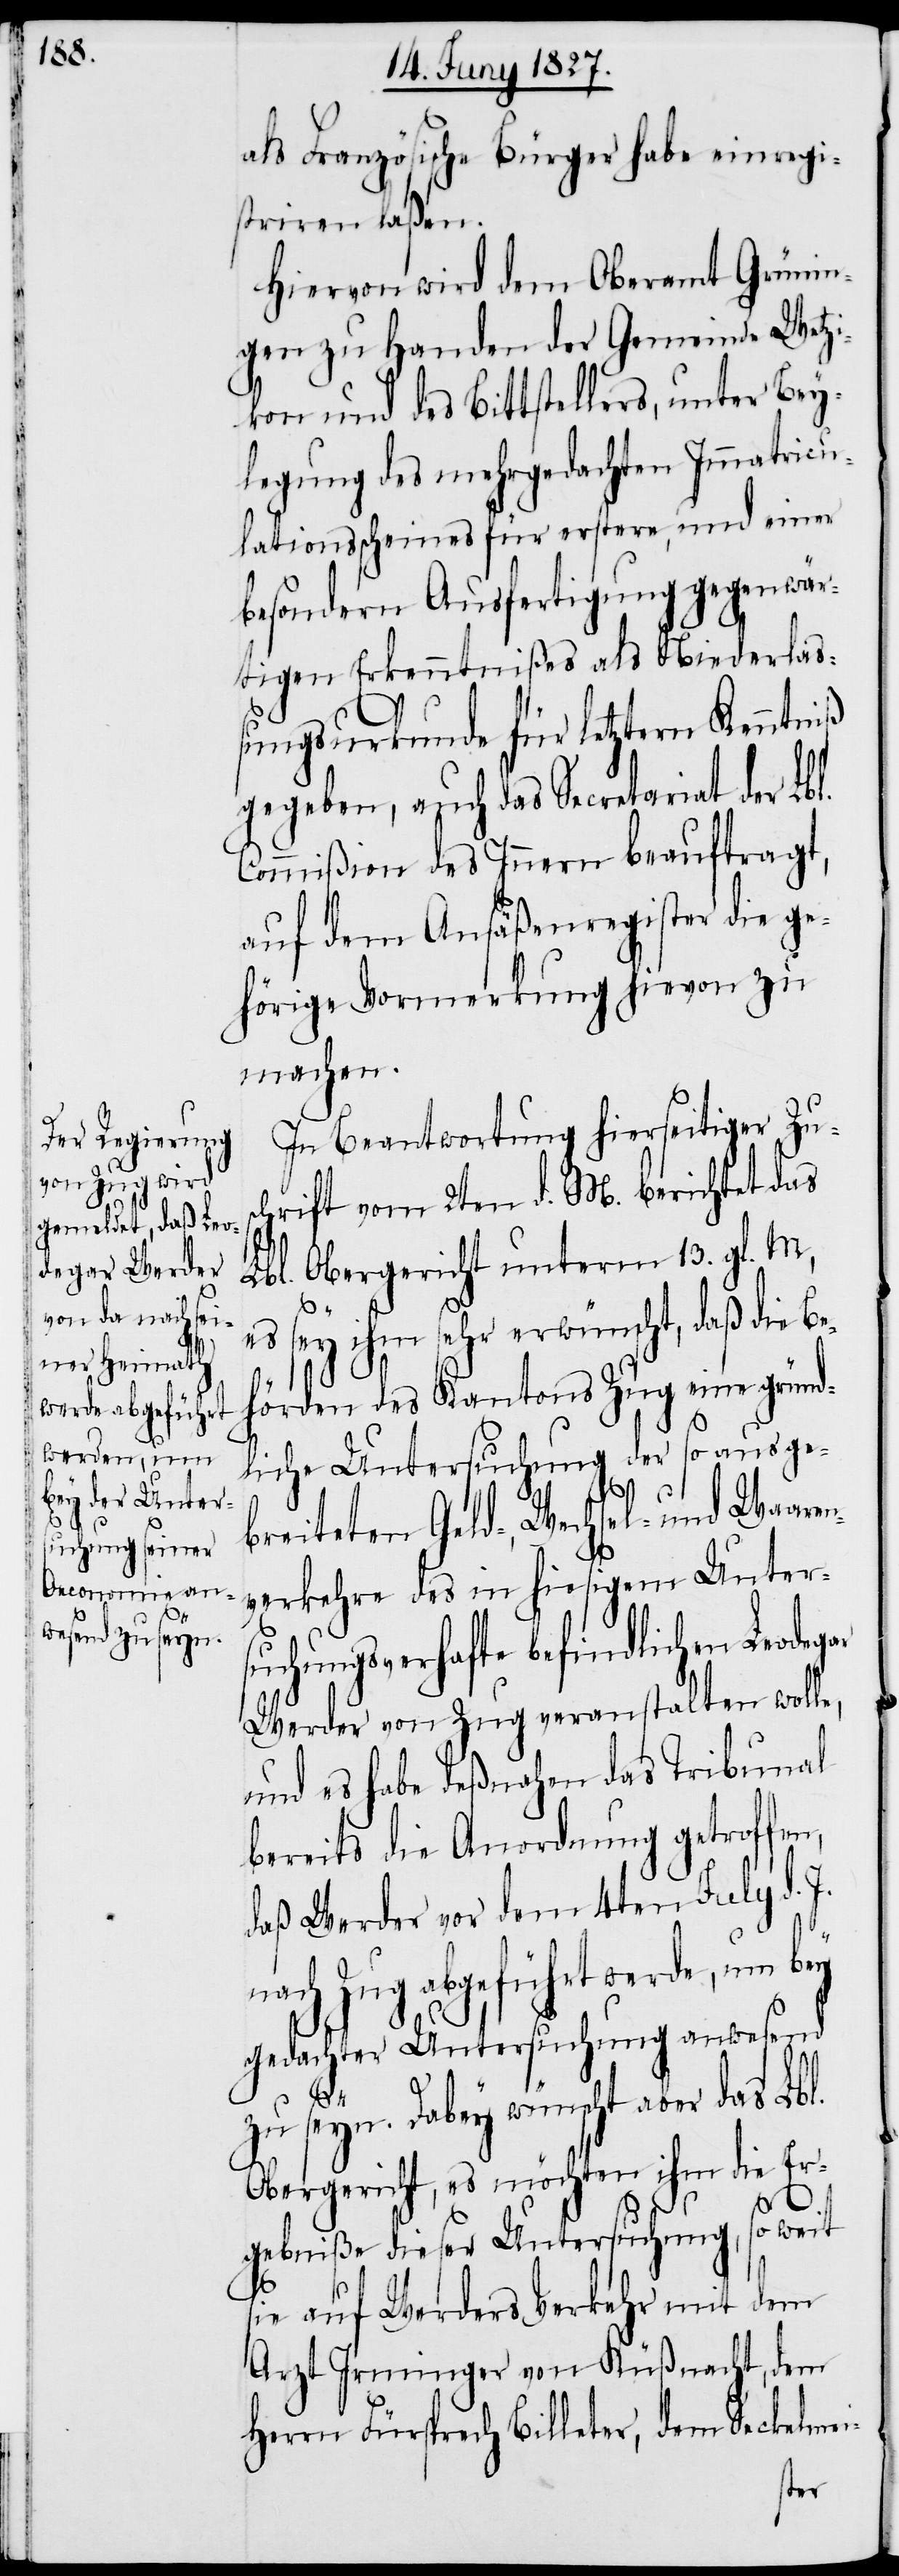
als Französische Bürger habe einregi¬
striren laßen.
Hiervon wird dem Oberamt Grünin¬
gen zu Handen der Gemeinde Wetzi¬
kon und des Bittstellers, unter Bey¬
legung des mehrgedachten Immatricu¬
lationsscheines für erstere, und einer
besondern Ausfertigung gegenwär¬
tigen Erkenntnißes als Niederla¬
ßungsurkunde für letztern Kenntniß
gegeben, auch das Secretariat der Lbl.
Commißion des Innern beauftragt,
auf dem Ansäßenregister die ge¬
hörige Vormerkung hievon zu
machen.
In Beantwortung hierseitiger Zus¬
chrift vom 2ten d. M. berichtet das
Lbl. Obergericht unterm 13. gl. M,
n¬
s sey ihm sehr erwünscht, daß die B¬
ehörden des Kantons Zug eine gründ¬
liche Untersuchung der so ausge¬
breiteten Geld-, Wechsel- und Waare¬
verkehre des in hiesigem Unter¬
suchungsverhafte befindlichen Leodeg¬
Werder von Zug veranstalten wolle,
und es habe deßnahen das Tribunal
bereits die Anordnung getroffen,
daß Werder vor dem 4ten July d.
ach Zug abgeführt werde, um
gedachter Untersuchung anwesend
zu seyn. Dabey wünscht aber das Lbl.
Obergericht, es möchten ihm die Er¬
J.
gebniße dieser Untersuchung, so weit
sie auf Werders Verkehr mit dem
Arzt Irminger von Küßnacht, dem
Herrn Fürsprech Billeter, dem Seckelmei-